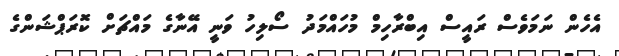
އެހެން ނަމަވެސް ރައީސް އިބްރާހިމް މުހައްމަދު ސޯލިހު ވަނީ އޭނާގެ މައްޗަށް ކޮރަޕްޝަަންގެ